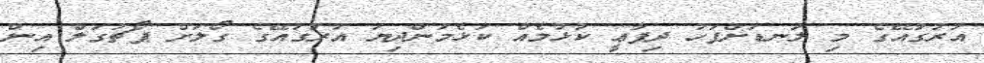
އުރުގުއޭގެ މި ލަނޑަށްފަހު ދިފާޢީ ކުޅުމެއް ކުޅެމުންދިޔަ އުރުގުއޭގެ ގޯލަށް ޕޯޗުގަލް އިން